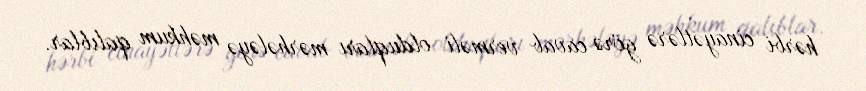
hərbi cinayətlərə görə cavab verməli olduqları mərhələyə məhkum qalıblar.